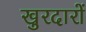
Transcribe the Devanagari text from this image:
खुरदारों